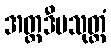
အတ္တဒီပသုတ္တံ